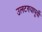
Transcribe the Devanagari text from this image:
उलटण्यापूर्वी